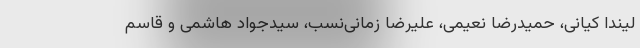
لیندا کیانی، حمیدرضا نعیمی، علیرضا زمانی‌نسب، سیدجواد هاشمی و قاسم